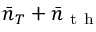
\bar { n } _ { T } + \bar { n } _ { \mathrm { ~ t ~ h ~ } }